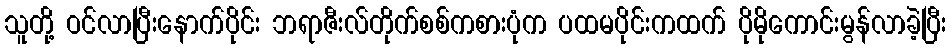
သူတို့ ဝင်လာပြီးနောက်ပိုင်း ဘရာဇီးလ်တိုက်စစ်ကစားပုံက ပထမပိုင်းကထက် ပိုမိုကောင်းမွန်လာခဲ့ပြီး